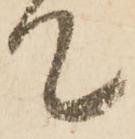
て